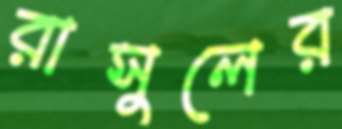
রাসুলের